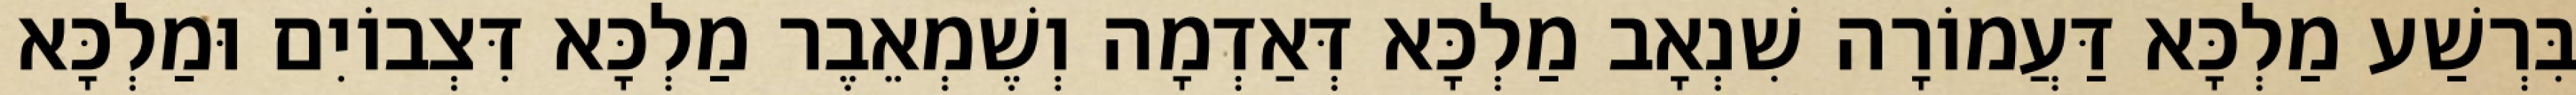
בִּרְשַׁע מַלְכָּא דַּעֲמוֹרָה שִׁנְאָב מַלְכָּא דְּאַדְמָה וְשֶׁמְאֵבֶר מַלְכָּא דִּצְבוֹיִם וּמַלְכָּא